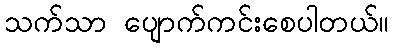
သက်သာ ပျောက်ကင်းစေပါတယ်။